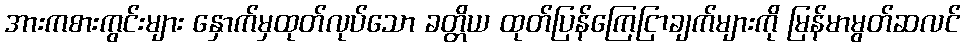
အားကစားကွင်းများ နှောက်မှထုတ်လုပ်သော ခတ္တိယ ထုတ်ပြန်ကြေငြာချက်များကို မြန်မာမွတ်ဆလင်